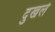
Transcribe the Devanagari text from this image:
दुखले